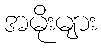
အမိုးများ